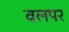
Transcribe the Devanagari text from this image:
वलपर